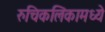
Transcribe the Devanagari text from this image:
रुचिकलिकामध्ये